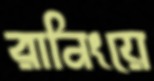
রানিংয়ে